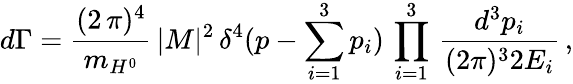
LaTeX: d\Gamma=\frac{(2\, \pi)^{4}}{m_{H^{0}}}\, |M|^{2}\, \delta^{4}(p-\sum_{i=1}^{3}p_{i})\, \prod_{i=1}^{3}\, \frac{d^{3}p_{i}}{(2\pi)^{3}2E_{i}}\, ,